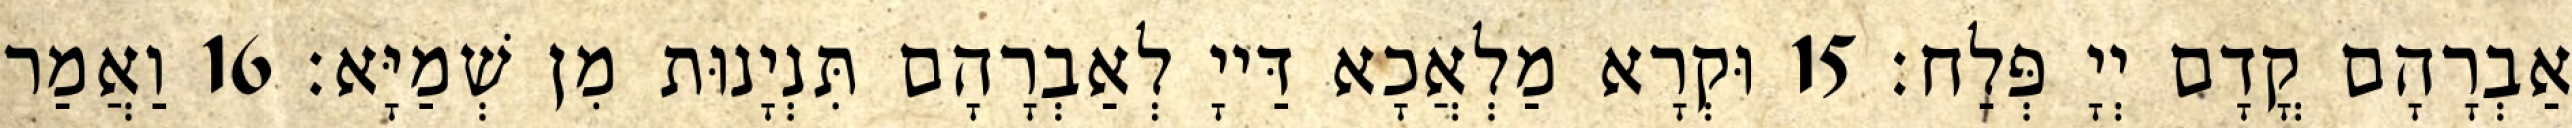
אַבְרָהָם קֳדָם יְיָ פְּלַח׃ 15 וּקְרָא מַלְאֲכָא דַּייָ לְאַבְרָהָם תִּנְיָנוּת מִן שְׁמַיָּא׃ 16 וַאֲמַר